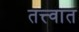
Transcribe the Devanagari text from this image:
तत्त्वात